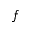
f